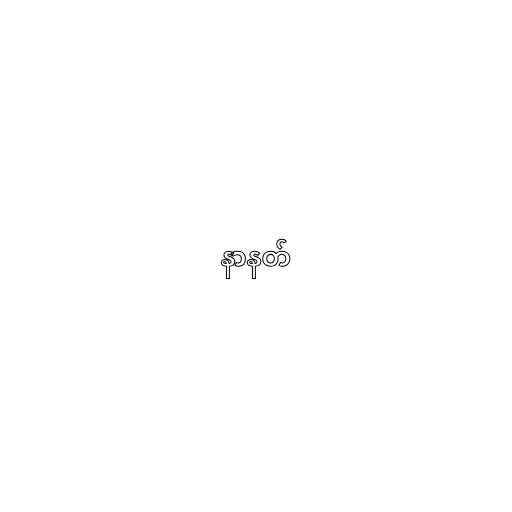
နာနတ်